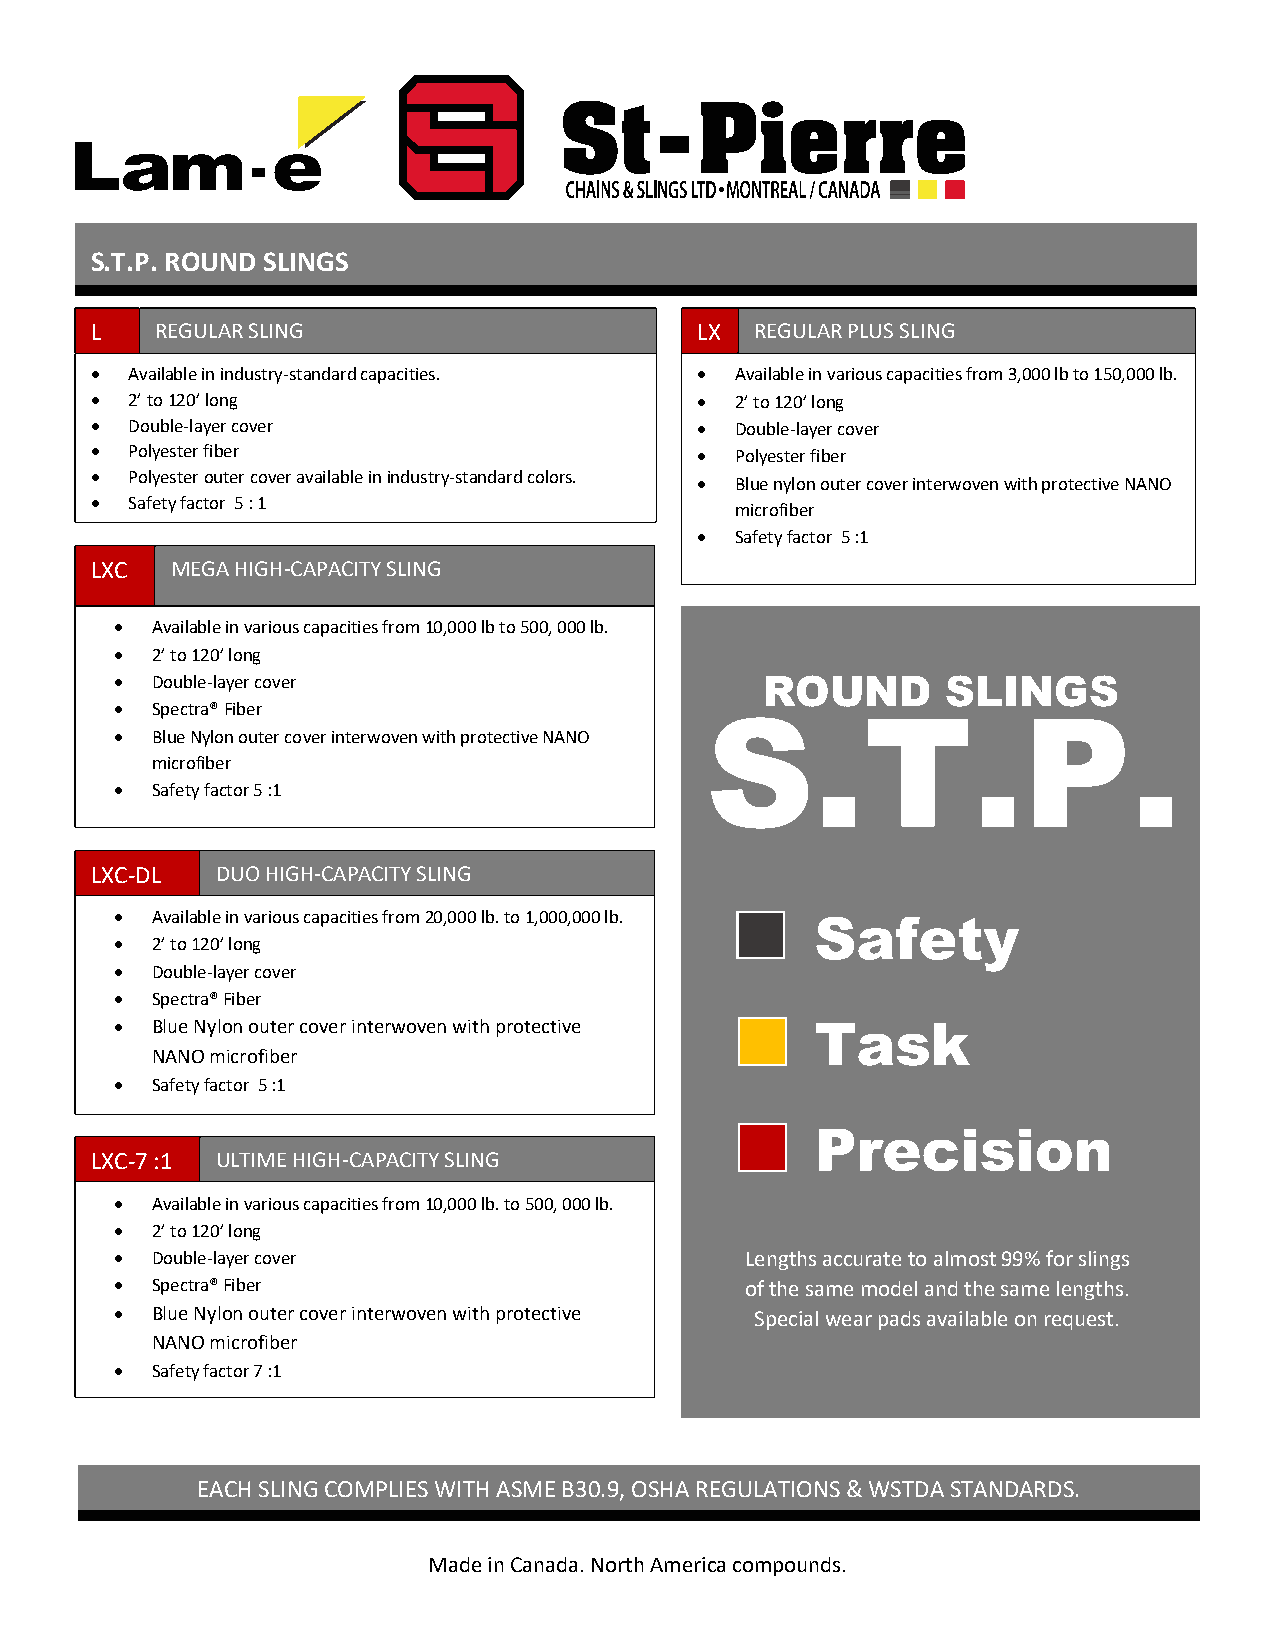
S.T.P. ROUND SLINGS
 L   REGULAR SLING                       LX  REGULAR PLUS SLING
 • Available in industry-standard capacities. • Available in various capacities from 3,000 lb to 150,000 lb.
 • 2’ to 120’ long                       •  2’ to 120’ long
 • Double-layer cover                    •  Double-layer cover
 • Polyester fiber                       •  Polyester fiber
 • Polyester outer cover available in industry-standard colors. • Blue nylon outer cover interwoven with protective NANO
 • Safety factor 5 : 1
 microfiber
 •  Safety factor 5 :1
 LXC  MEGA HIGH-CAPACITY SLING
 • Available in various capacities from 10,000 lb to 500, 000 lb.
 • 2’ to 120’ long
 • Double-layer cover                       ROUND       SLINGS
 • Spectra® Fiber
 S.T.P.
 • Blue Nylon outer cover interwoven with protective NANO
 microfiber
 • Safety factor 5 :1
 LXC-DL  DUO HIGH-CAPACITY SLING
 • Available in various capacities from 20,000 lb. to 1,000,000 lb. Safety
 • 2’ to 120’ long
 • Double-layer cover
 • Spectra® Fiber
 • Blue Nylon outer cover interwoven with protective Task
 NANO microfiber
 • Safety factor 5 :1
 Precision
 LXC-7 :1 ULTIME HIGH-CAPACITY SLING
 • Available in various capacities from 10,000 lb. to 500, 000 lb.
 • 2’ to 120’ long
 • Double-layer cover                     Lengths accurate to almost 99% for slings
 • Spectra® Fiber                         of the same model and the same lengths.
 • Blue Nylon outer cover interwoven with protective Special wear pads available on request.
 NANO microfiber
 • Safety factor 7 :1
 EACH SLING COMPLIES WITH ASME B30.9, OSHA REGULATIONS & WSTDA STANDARDS.
 Made in Canada. North America compounds.